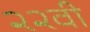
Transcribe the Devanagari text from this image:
२२वी